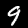
Digit: 9